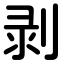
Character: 剥